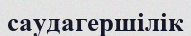
саудагершілік